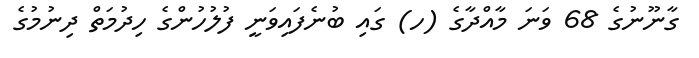
ގާނޫނުގެ 68 ވަނަ މާއްދާގެ (ހ) ގައި ބުނެފައިވަނީ ފުލުހުންގެ ހިދުމަތް ދިނުމުގެ